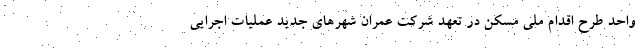
واحد طرح اقدام ملی مسکن در تعهد شرکت عمران شهرهای جدید عملیات اجرایی